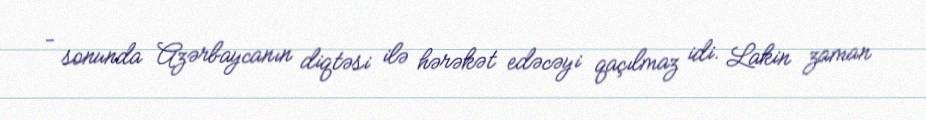
- sonunda Azərbaycanın diqtəsi ilə hərəkət edəcəyi qaçılmaz idi. Lakin zaman